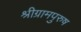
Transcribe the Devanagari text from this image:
श्रीग्रामपुरुष